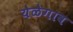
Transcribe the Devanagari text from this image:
येळेगाव